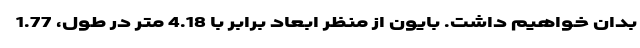
بدان خواهیم داشت. بایون از منظر ابعاد برابر با 4.18 متر در طول، 1.77